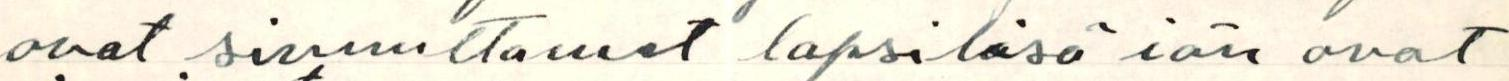
ovat sivuuttaneet lapsilisä iän ovat